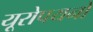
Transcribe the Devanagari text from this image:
यूरोपयनों